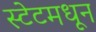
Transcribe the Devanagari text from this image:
स्टेटमधून